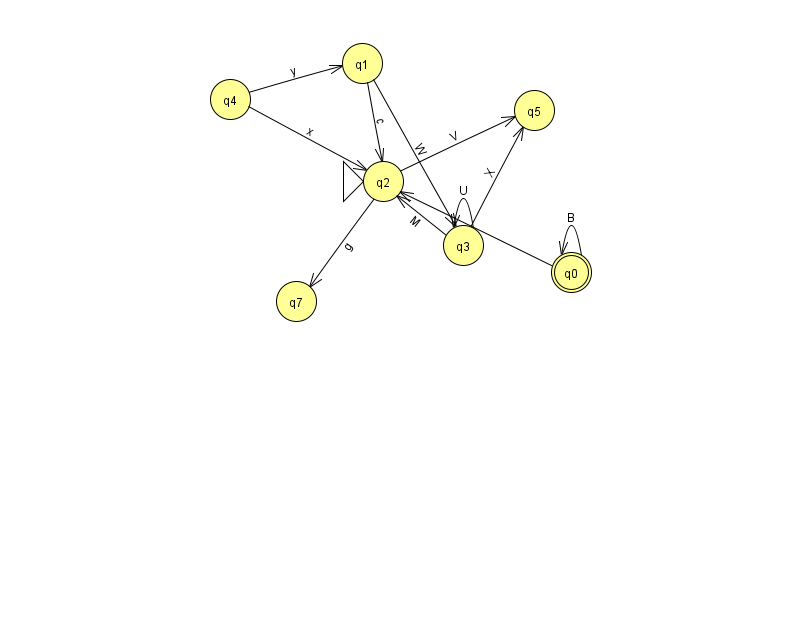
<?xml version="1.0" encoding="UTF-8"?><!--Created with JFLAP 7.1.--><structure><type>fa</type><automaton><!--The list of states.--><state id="0" name="q0"><x>571.0</x><y>259.0</y><final/></state><state id="1" name="q1"><x>362.0</x><y>50.0</y></state><state id="2" name="q2"><x>383.0</x><y>168.0</y><initial/></state><state id="3" name="q3"><x>463.0</x><y>232.0</y></state><state id="4" name="q4"><x>230.0</x><y>86.0</y></state><state id="5" name="q5"><x>534.0</x><y>97.0</y></state><state id="7" name="q7"><x>296.0</x><y>288.0</y></state><!--The list of transitions.--><transition><from>1</from><to>2</to><read>c</read></transition><transition><from>2</from><to>5</to><read>V</read></transition><transition><from>0</from><to>0</to><read>B</read></transition><transition><from>3</from><to>2</to><read>M</read></transition><transition><from>3</from><to>3</to><read>U</read></transition><transition><from>3</from><to>5</to><read>X</read></transition><transition><from>0</from><to>2</to><read>w</read></transition><transition><from>1</from><to>3</to><read>W</read></transition><transition><from>4</from><to>2</to><read>x</read></transition><transition><from>4</from><to>1</to><read>y</read></transition><transition><from>2</from><to>7</to><read>g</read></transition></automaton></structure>